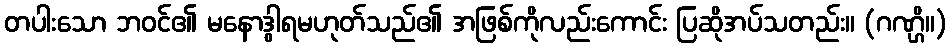
တပါးသော ဘဝင်၏ မနောဒွါရမဟုတ်သည်၏ အဖြစ်ကိုလည်းကောင်း ပြဆိုအပ်သတည်း။ (ဂဏ္ဌိ။)